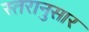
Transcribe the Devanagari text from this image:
स्तरानुसार